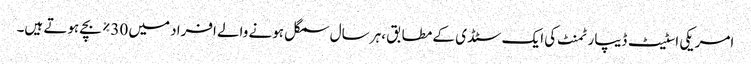
امریکی اسٹیٹ ڈیپارٹمنٹ کی ایک سٹڈی کے مطابق ،ہر سال سمگل ہونے والے افراد میں 30% بچے ہوتے ہیں۔